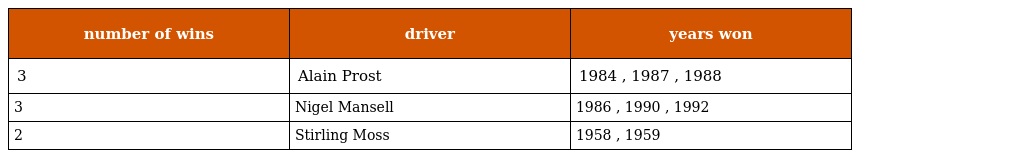
| number of wins | driver | years won |
 | --- | --- | --- |
 | 3 | Alain Prost | 1984 , 1987 , 1988 |
 | 3 | Nigel Mansell | 1986 , 1990 , 1992 |
 | 2 | Stirling Moss | 1958 , 1959 |